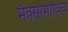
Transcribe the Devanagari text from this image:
मैक्सीमोविच